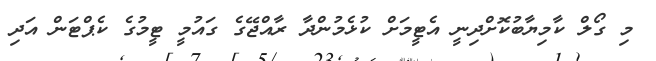
މި ގޯލް ކާމިޔާބުކޮށްދިނީ އެޓީމަށް ކުޅެމުންދާ ރާއްޖޭގެ ގައުމީ ޓީމުގެ ކެޕްޓަން އަދި